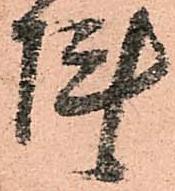
陣